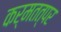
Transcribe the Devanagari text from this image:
कर्मतत्पर